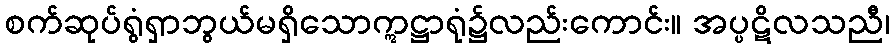
စက်ဆုပ်ရွံရှာဘွယ်မရှိသောဣဋ္ဌာရုံ၌လည်းကောင်း။ အပ္ပဋိလသညီ၊